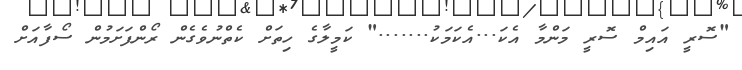
"ސޮރީ އައިމް ސޮރީ މަންމާ އެކަ...އެކަމަކު......." ކަމީލާގެ ހިތަށް ކެތްނުވެގެން ރޯންފަށަމުން ސޯފާއަށް